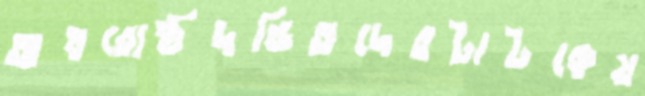
অধরোষ্ঠদণ্ডিতদেরটাটকেয়